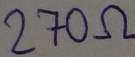
Text: 270Ω